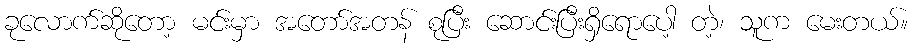
ခုလောက်ဆိုတော့ မင်းမှာ အတော်အတန် စုပြီး ဆောင်းပြီးရှိရောပေါ့ တဲ့၊ သူက မေးတယ်။